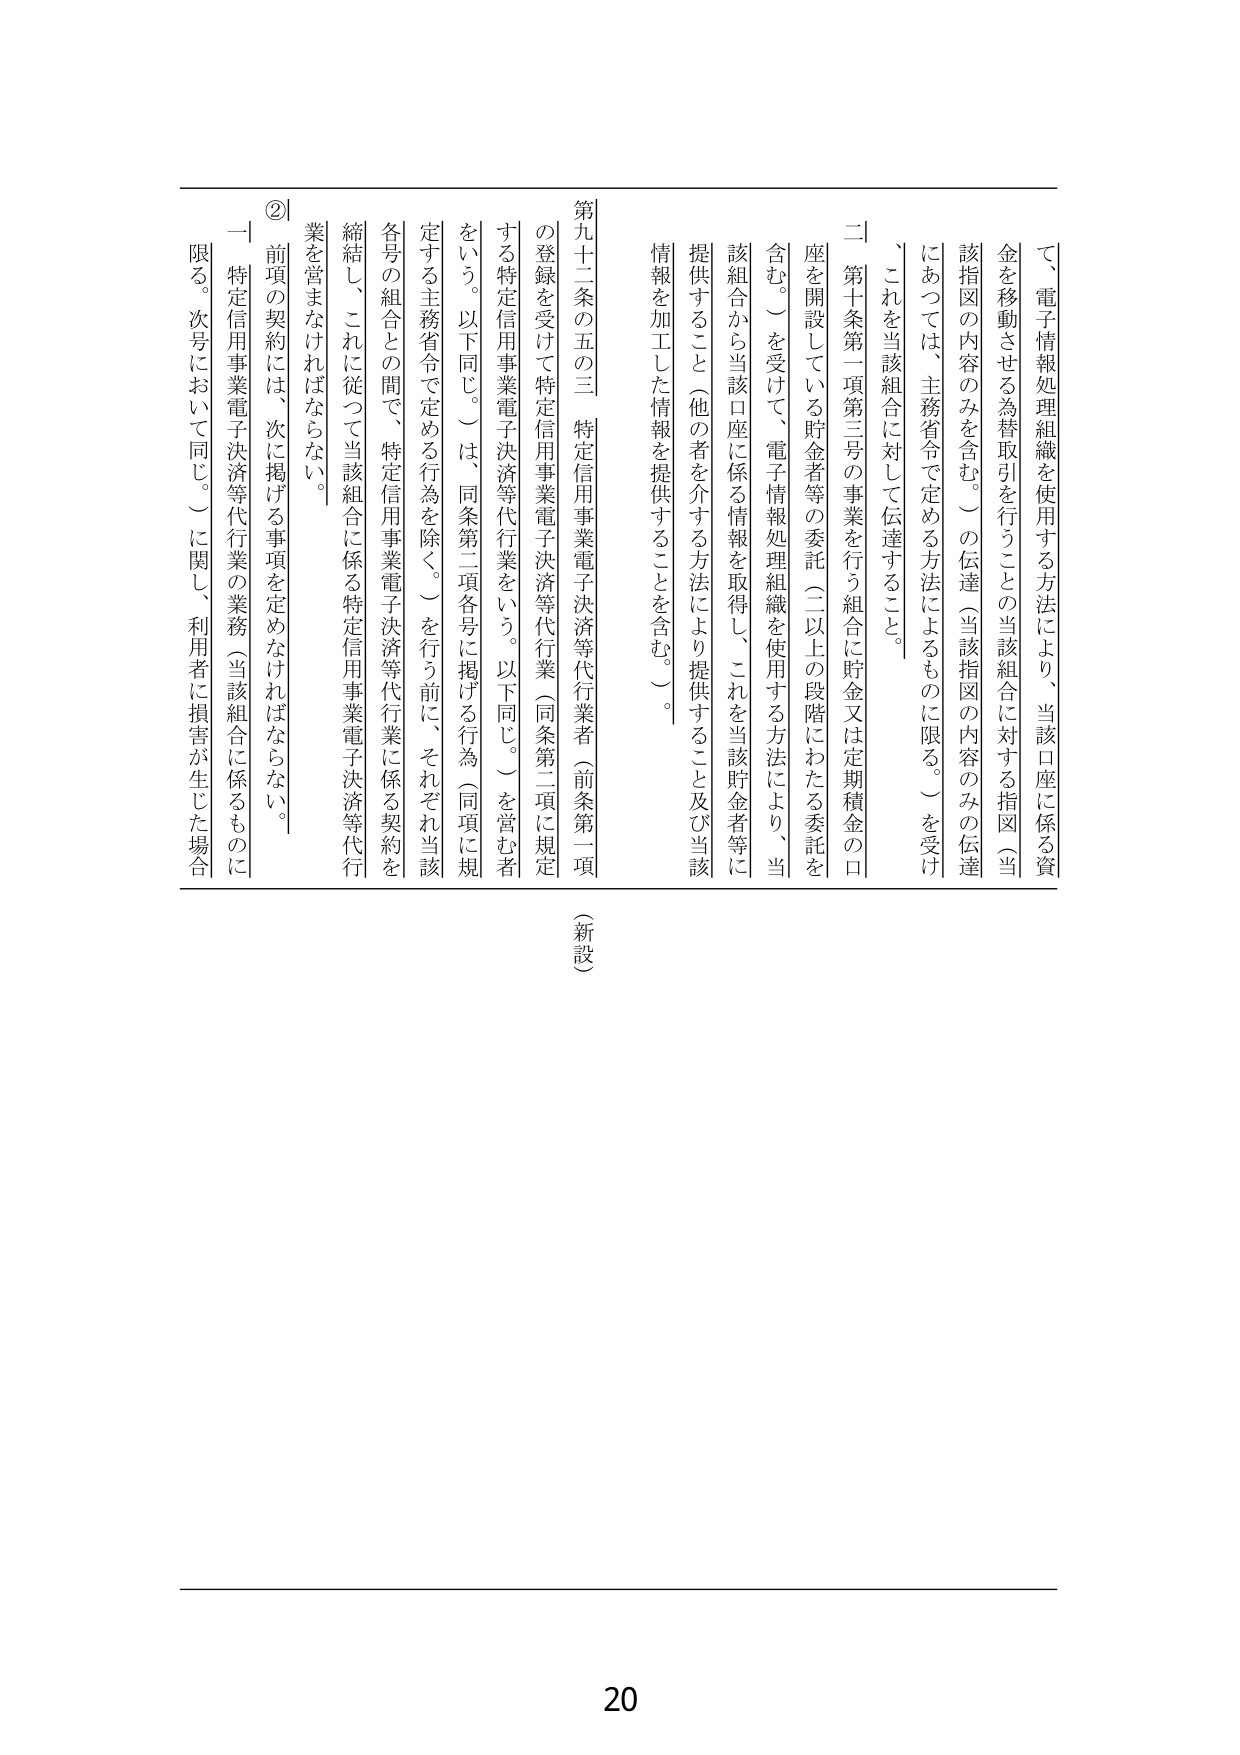
て、電子情報処理組織を使用する方法により、当該口座に係る資金を移動させる為替取引を行うことの当該組合に対する指図（当該指図の内容のみを含む。）の伝達（当該指図の内容のみの伝達にあつては、主務省令で定める方法によるものに限る。）を受け、これを当該組合に対して伝達すること。

二 第十条第一項第三号の事業を行う組合に貯金又は定期積金の口座を開設している貯金者等の委託（二以上の段階にわたる委託を含む。）を受けて、電子情報処理組織を使用する方法により、当該組合から当該口座に係る情報を取得し、これを当該貯金者等に提供すること（他の者を介する方法により提供すること及び当該情報を加工した情報を提供することを含む。）。

第十九条の五の三 特定信用事業電子決済等代行業者（前条第一項の登録を受けて特定信用事業電子決済等代行業（同条第二項に規定する特定信用事業電子決済等代行業をいう。以下同じ。）を営む者をいう。以下同じ。）は、同条第二項各号に掲げる行為（同項に規定する主務省令で定める行為を除く。）を行う前に、それぞれ当該各号の組合との間で、特定信用事業電子決済等代行業に係る契約を締結し、これに従つて当該組合に係る特定信用事業電子決済等代行業を営まなければならない。

② 前項の契約には、次に掲げる事項を定めなければならない。

一 特定信用事業電子決済等代行業の業務（当該組合に係るものに限る。次号において同じ。）に関し、利用者に損害が生じた場合

（新設）

20